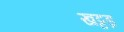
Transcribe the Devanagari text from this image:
खट्टड़